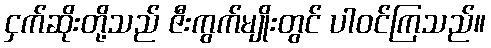
ငှက်ဆိုးတို့သည် ဇီးကွက်မျိုးတွင် ပါဝင်ကြသည်။